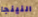
النينجا